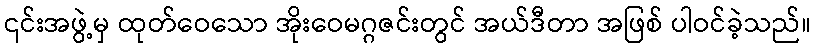
၎င်းအဖွဲ့မှ ထုတ်ဝေသော အိုးဝေမဂ္ဂဇင်းတွင် အယ်ဒီတာ အဖြစ် ပါဝင်ခဲ့သည်။